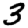
Digit: 3